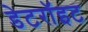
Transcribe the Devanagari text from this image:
डेटरॉइट